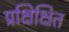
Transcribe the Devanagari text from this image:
प्रक्षिक्षित